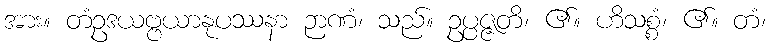
အား။ တံဥဒယဗ္ဗယာနုပဿနာ ဉာဏံ၊ သည်။ ဥပ္ပဇ္ဇတိ၊ ၏။ ဟိသစ္စံ၊ ၏။ တံ၊